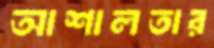
আশালতার